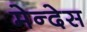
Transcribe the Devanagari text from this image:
मेन्देस